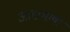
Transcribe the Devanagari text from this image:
आद्यभाषा